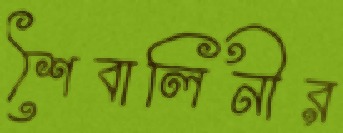
শৈবালিনীর